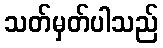
သတ်မှတ်ပါသည်